Report on vaccination in the Province of Bengal - 1874-1889
Year: 1874
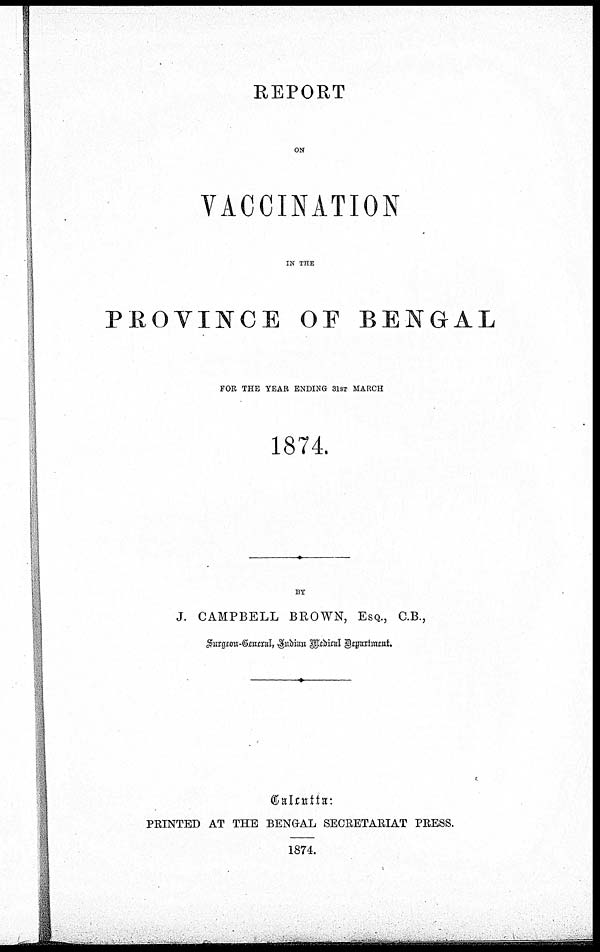
REPORT
ON
VACCINATION
IN THE
PROVINCE OF BENGAL
FOR THE YEAR ENDING 31ST MARCH
1874.
BY
J. CAMPBELL BROWN, ESQ., C.B.,
Surgeon-General, Indian Medial Department.
Calcutta:
PRINTED AT THE BENGAL SECRETARIAT PRESS.
1874.